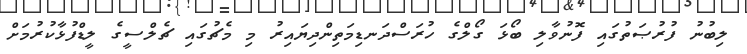
ލިބުނު ފުރުޞަތުގައި ފޮނުވާލި ބޯޅަ ގޯލްގެ ހުރަސްދަނޑިމަތިންދިޔައިރު މި މެޗުގައި ޗެލްސީގެ ލީޑްފުޅާކުރުމަށް